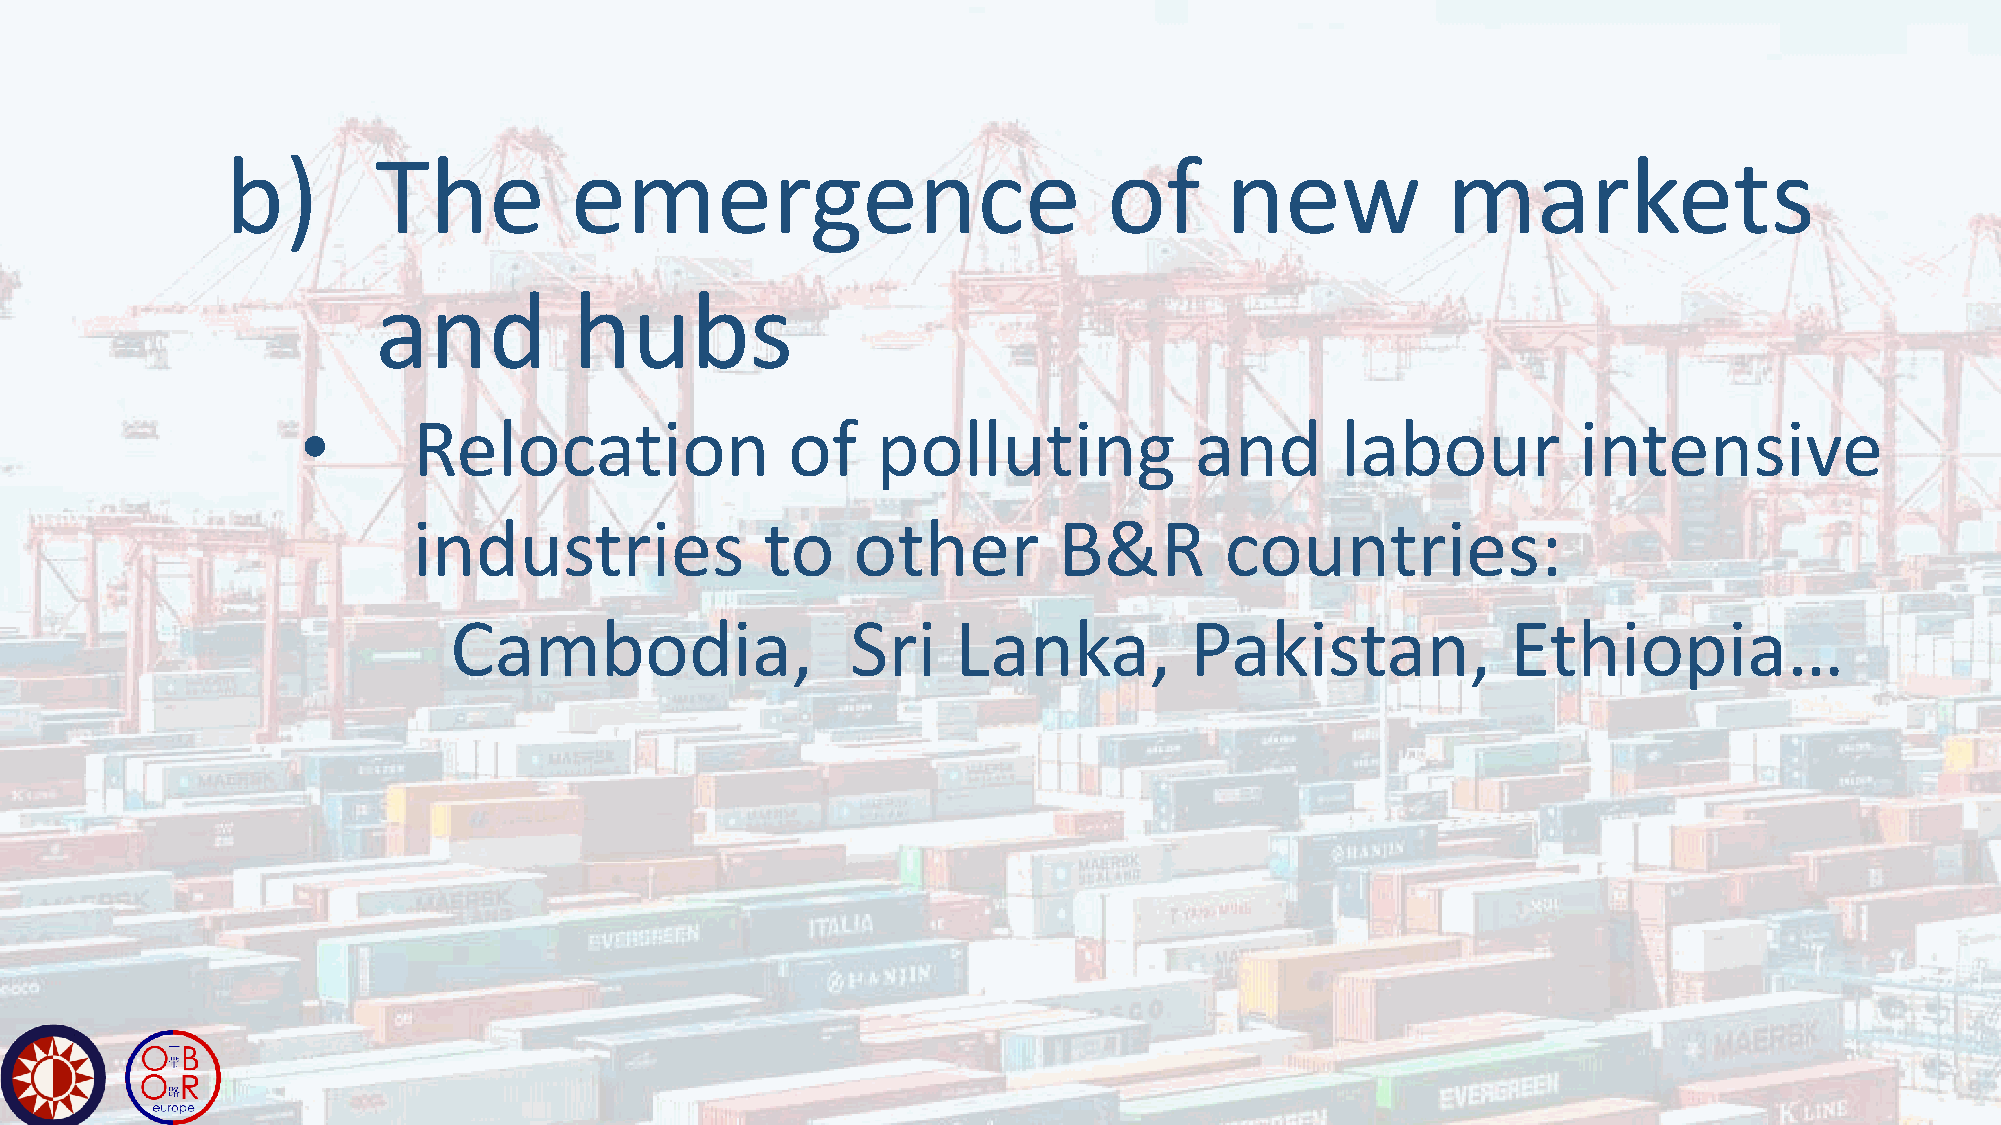
b)        The          emergence                          of      new            markets
 and          hubs
 •      Relocation               of    polluting            and       labour          intensive
 industries              to   other         B&R        countries:
 Cambodia,                 Sri    Lanka,          Pakistan,            Ethiopia…